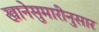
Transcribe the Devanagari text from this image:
खानेसुमारीनुसार